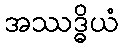
အဿဒ္ဓိယံ